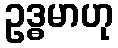
ဥဒ္ဓမာဟု